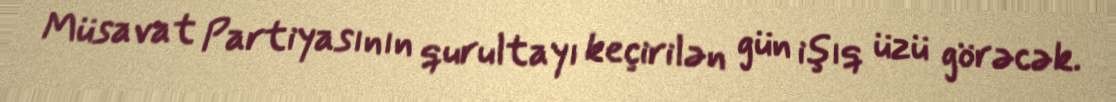
Müsavat Partiyasının qurultayı keçirilən gün işıq üzü görəcək.